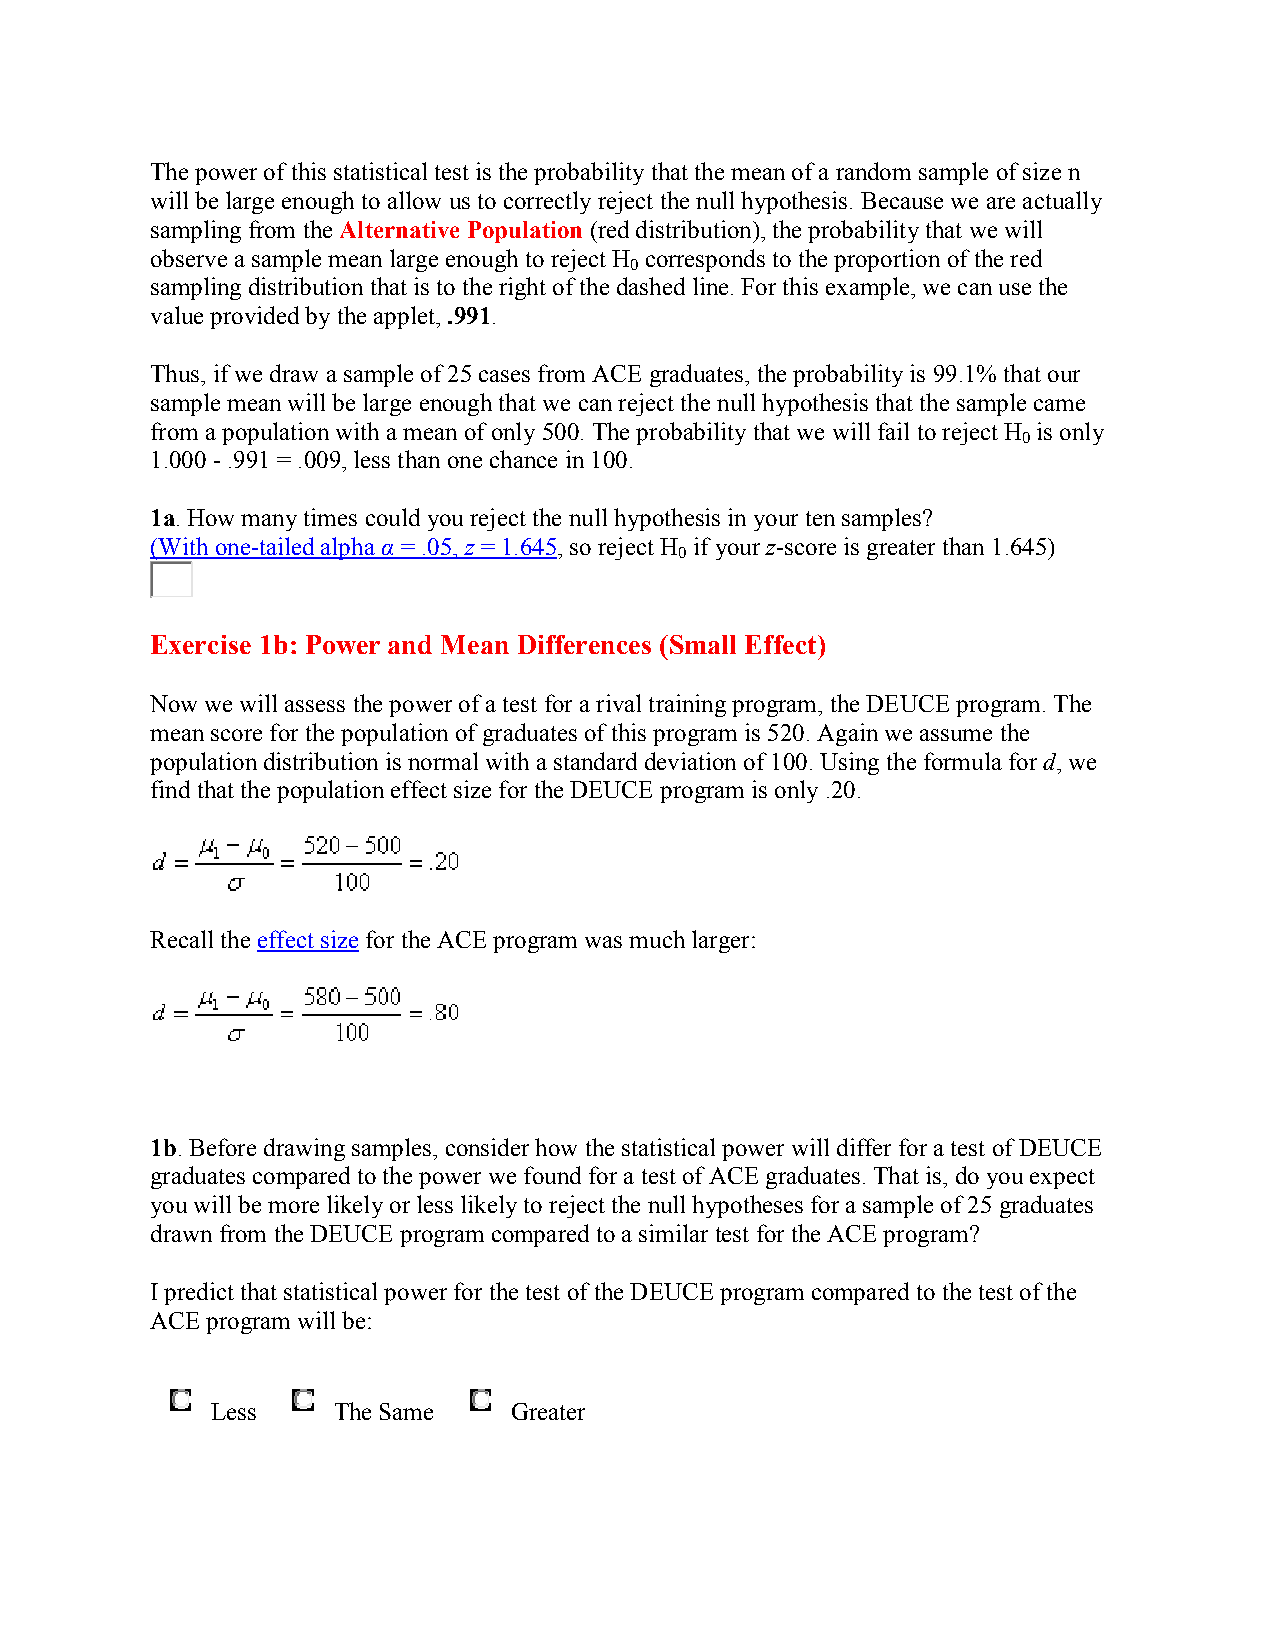
The power of this statistical test is the probability that the mean of a random sample of size n
 will be large enough to allow us to correctly reject the null hypothesis. Because we are actually
 sampling from the Alternative Population (red distribution), the probability that we will
 observe a sample mean large enough to reject H corresponds to the proportion of the red
 0
 sampling distribution that is to the right of the dashed line. For this example, we can use the
 value provided by the applet, .991.
 Thus, if we draw a sample of 25 cases from ACE graduates, the probability is 99.1% that our
 sample mean will be large enough that we can reject the null hypothesis that the sample came
 from a population with a mean of only 500. The probability that we will fail to reject H is only
 0
 1.000 - .991 = .009, less than one chance in 100.
 1a. How many times could you reject the null hypothesis in your ten samples?
 (With one-tailed alpha α = .05, z = 1.645, so reject H if your z-score is greater than 1.645)
 0
 Exercise 1b: Power and Mean Differences (Small Effect)
 Now we will assess the power of a test for a rival training program, the DEUCE program. The
 mean score for the population of graduates of this program is 520. Again we assume the
 population distribution is normal with a standard deviation of 100. Using the formula for d, we
 find that the population effect size for the DEUCE program is only .20.
 Recall the effect size for the ACE program was much larger:
 1b. Before drawing samples, consider how the statistical power will differ for a test of DEUCE
 graduates compared to the power we found for a test of ACE graduates. That is, do you expect
 you will be more likely or less likely to reject the null hypotheses for a sample of 25 graduates
 drawn from the DEUCE program compared to a similar test for the ACE program?
 I predict that statistical power for the test of the DEUCE program compared to the test of the
 ACE program will be:
 Less    The Same    Greater